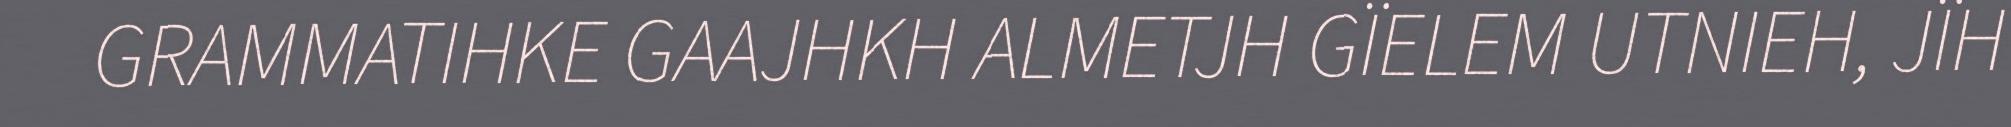
GRAMMATIHKE GAAJHKH ALMETJH GÏELEM UTNIEH, JÏH